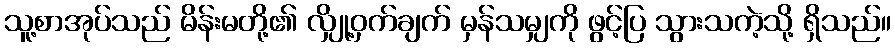
သူ့စာအုပ်သည် မိန်းမတို့၏ လျှို့ဝှက်ချက် မှန်သမျှကို ဖွင့်ပြ သွားသကဲ့သို့ ရှိသည်။